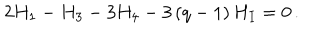
LaTeX: 2 H _ { 1 } - H _ { 3 } - 3 H _ { 4 } - 3 \left( q - 1 \right) H _ { I } = 0 \, .